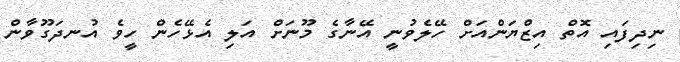
ނިދިފައި އޮތް އިޒްޔަންއަށް ހޭލެވުނީ އޭނާގެ މޫނަށް އަލި އެޅޭހެން ހީވެ އުނދަގޫވާން